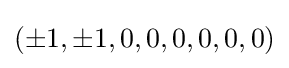
\left(\pm 1,\pm 1,0,0,0,0,0,0\right)